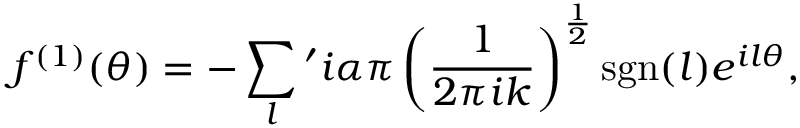
f ^ { \left( 1 \right) } ( \theta ) = - \sum _ { l } { } ^ { \prime } i \alpha \pi \left( \frac { 1 } { 2 \pi i k } \right) ^ { \frac { 1 } { 2 } } \mathrm { s g n } ( l ) e ^ { i l \theta } ,